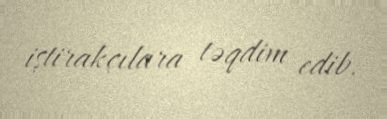
iştirakçılara təqdim edib.